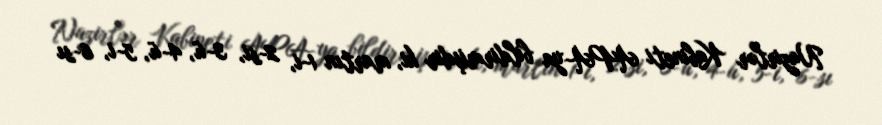
Nazirlər Kabineti APA-ya bildirmişdir ki, martın 1-i, 2-si, 3-ü, 4-ü, 5-i, 6-sı